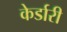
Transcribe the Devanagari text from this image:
केर्डारी